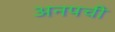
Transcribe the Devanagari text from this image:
अनपची